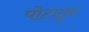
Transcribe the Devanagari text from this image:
पोटातुन